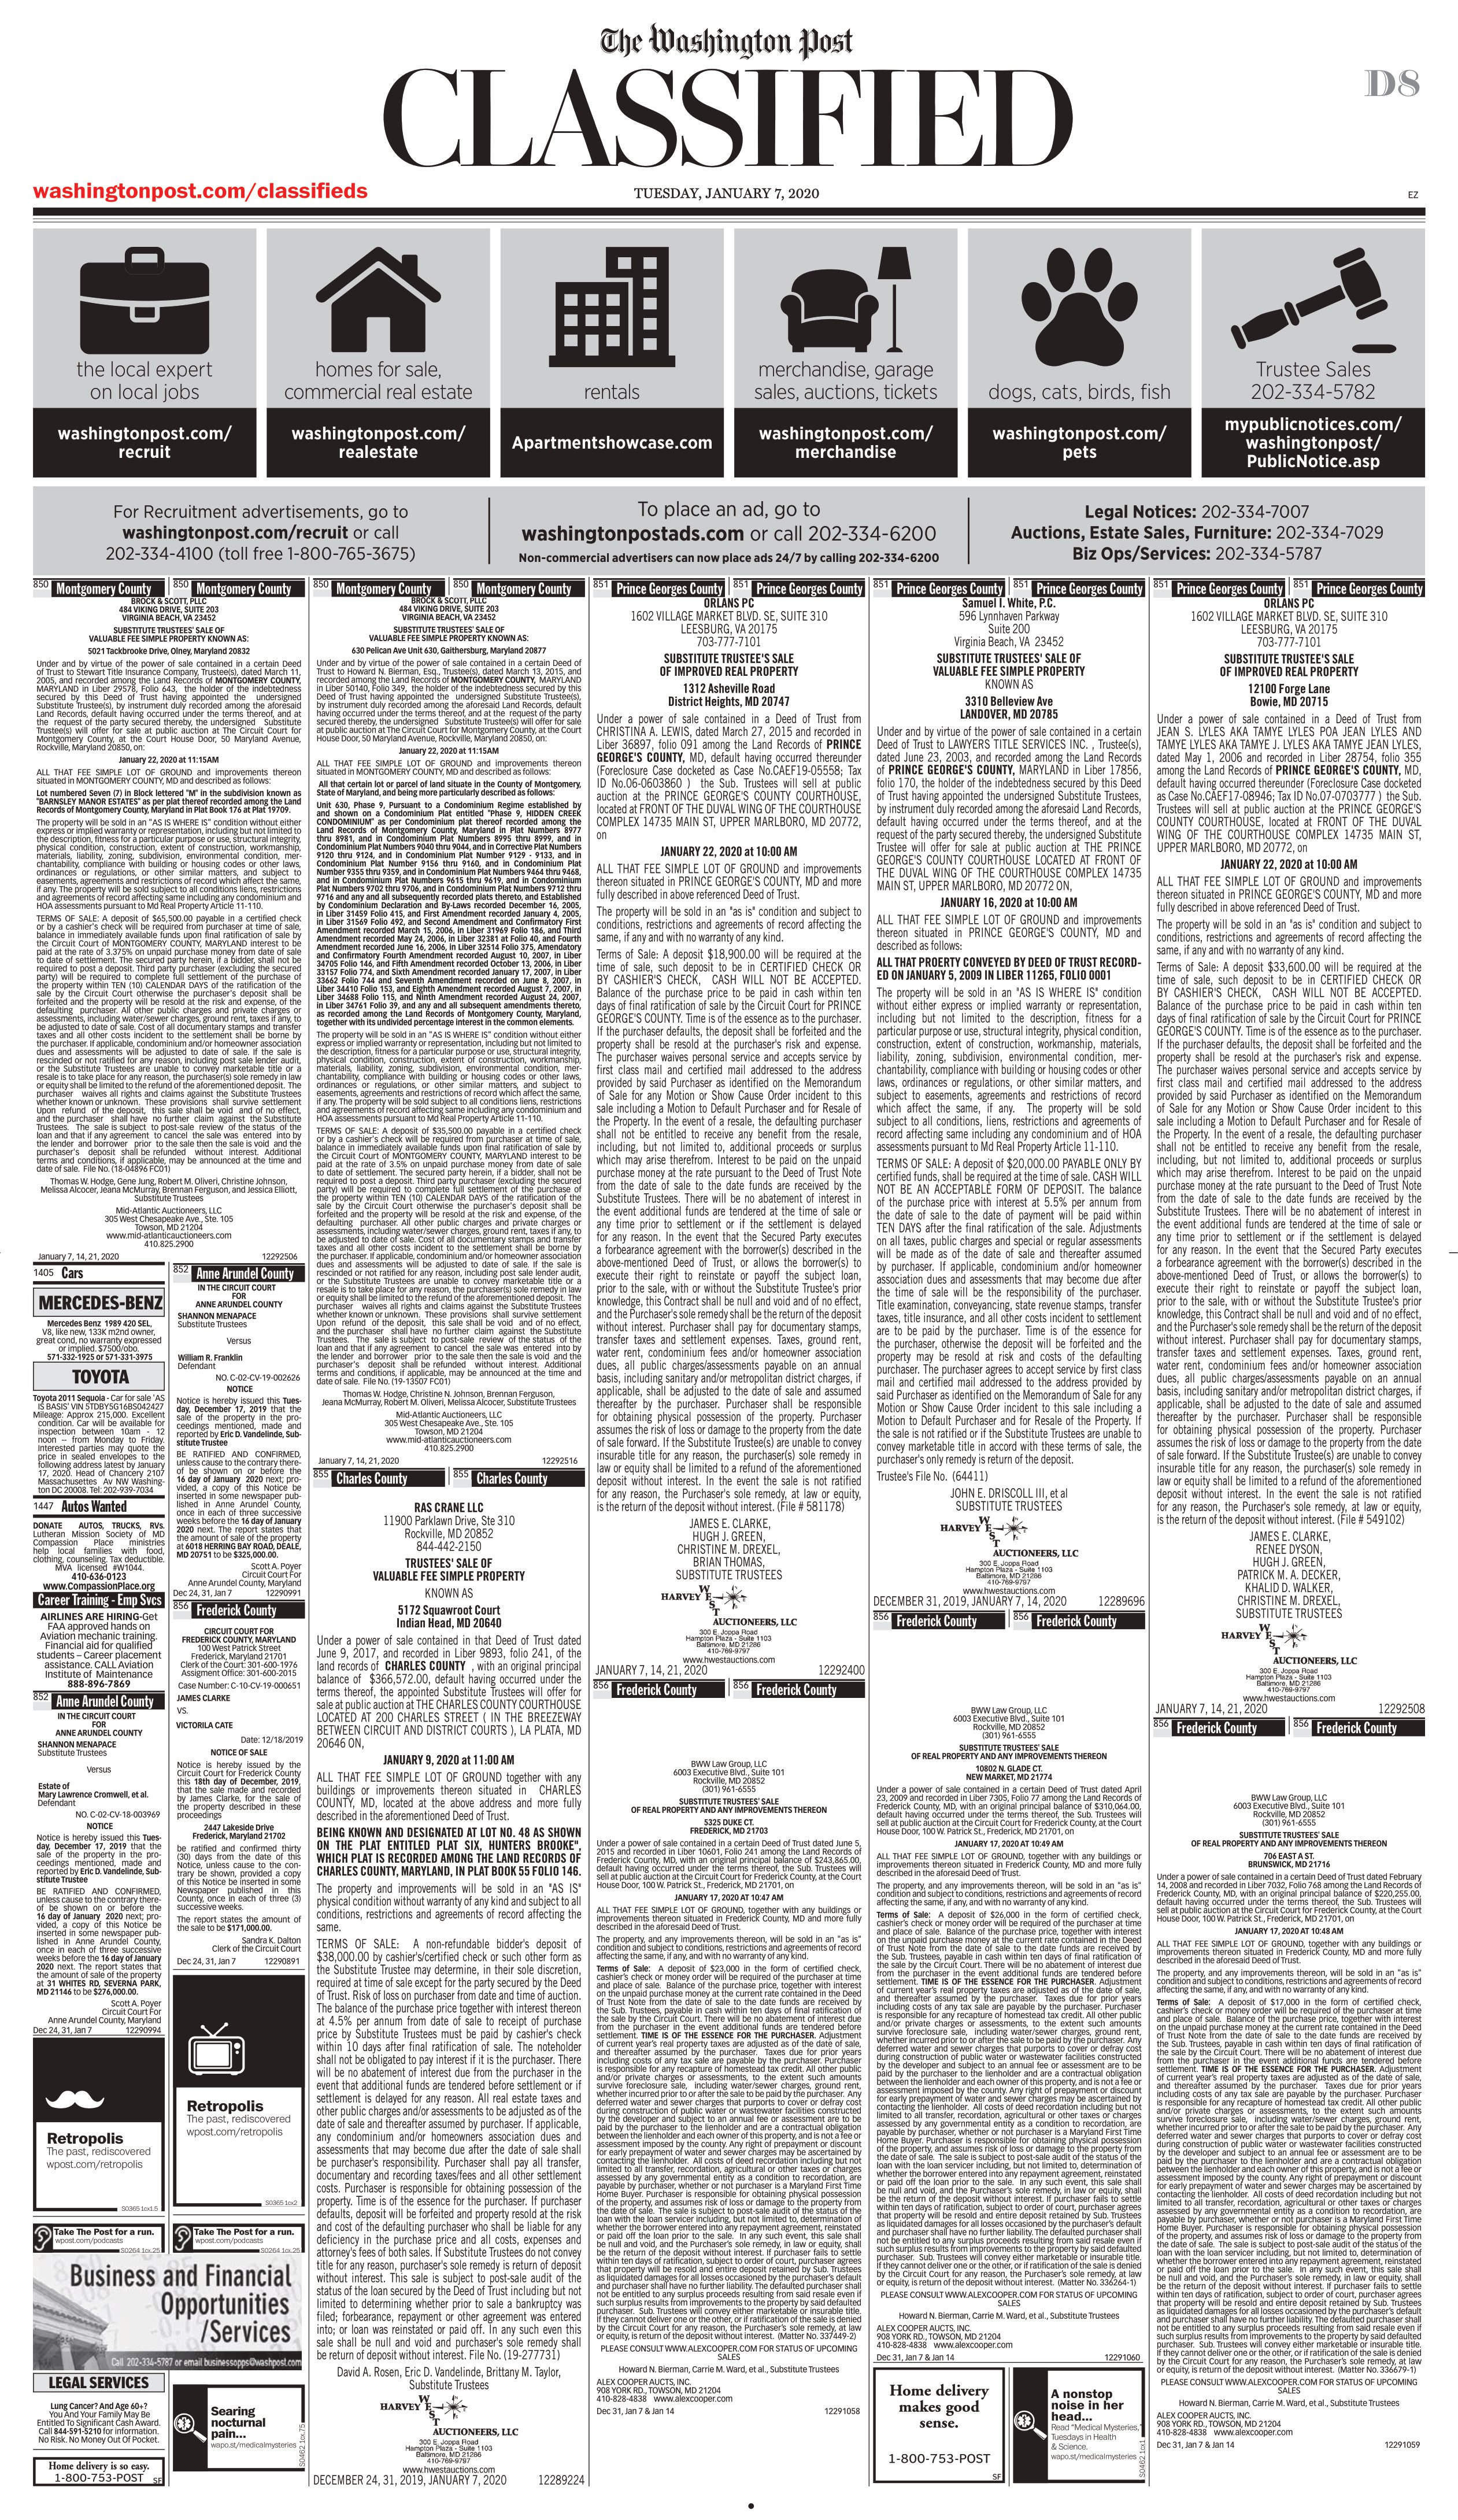
Language: en